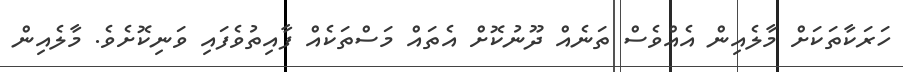
ހަރަކާތަކަށް މާލެއިން އެއްވެސް ތަނެއް ދޫނުކޮށް އެތައް މަސްތަކެއް ފާއިތުވެފައި ވަނިކޮށެވެ. މާލެއިން